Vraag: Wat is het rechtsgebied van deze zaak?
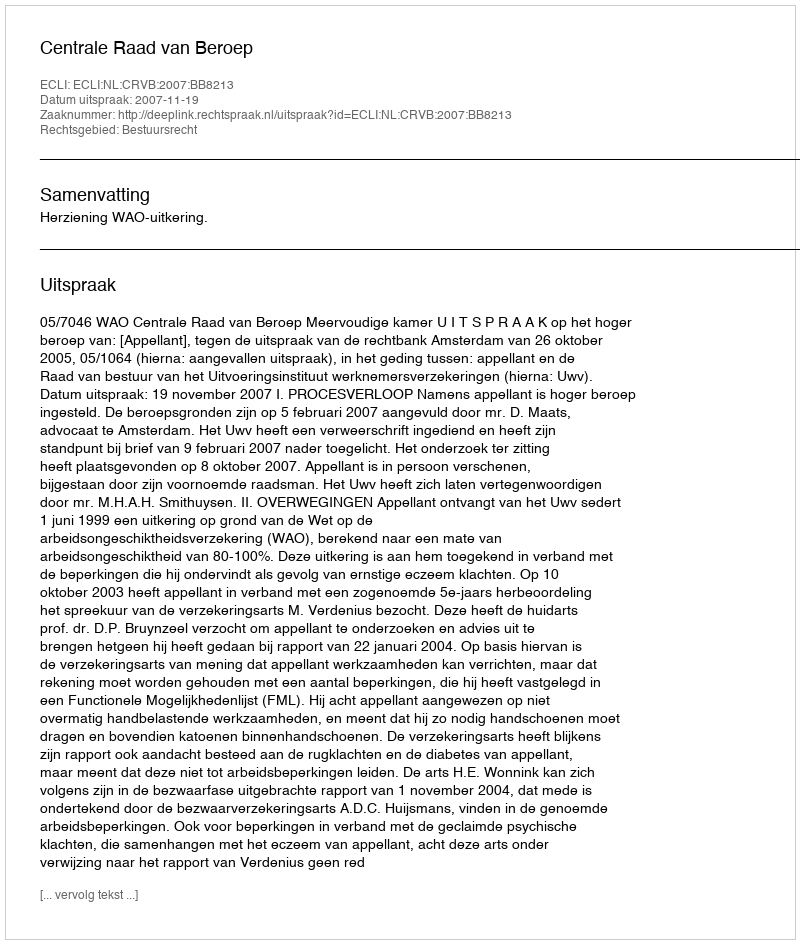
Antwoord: Bestuursrecht